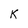
Character: k